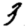
Digit: 3